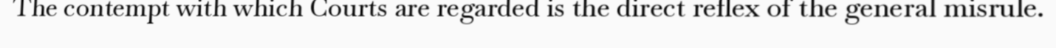
The contempt with which Courts are regarded is the direct reflex of the general misrule.